Lunatic asylums Central Provinces reports 1886-1894 - 1886-1894
Year: 1886
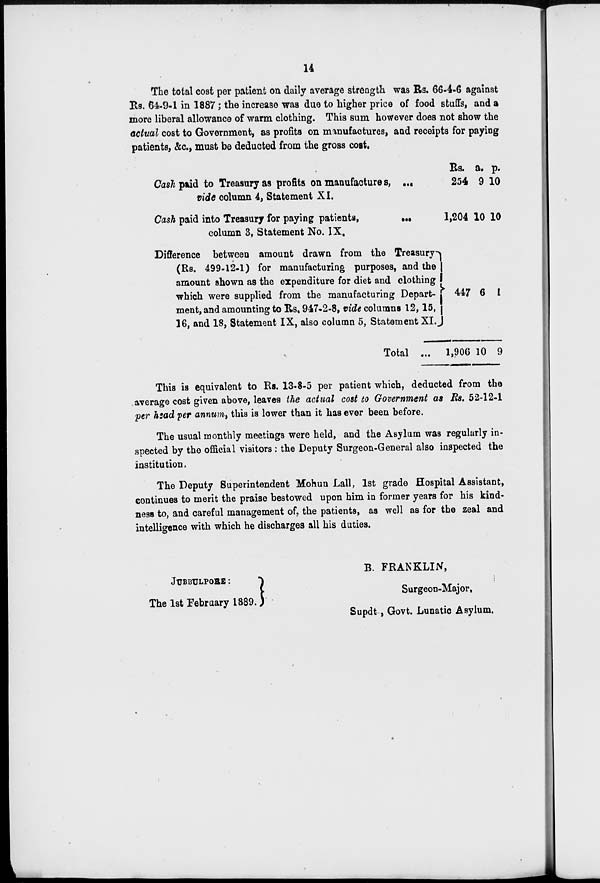
14
The total cost per patient on daily average strength was Rs. 66-4-6 against
Rs. 64-9-1 in 1887 ; the increase was due to higher price of food stuffs, and a
more liberal allowance of warm clothing. This sum however does not show the
actual cost to Government, as profits on manufactures, and receipts for paying
patients, &c., must be deducted from the gross cost.
Cash paid to Treasury as profits on manufactures, ...
vide column 4, Statement XI.
Cash paid into Treasury for paying patients,
...
column 3, Statement No. IX.
Difference between amount drawn from the Treasury
(Rs. 499-12-1) for manufacturing purposes, and the
amount shown as the expenditure for diet and clothing
which were supplied from the manufacturing Depart-
ment, and amounting to Rs. 947-2-8, vide columns 12,15,
16, and 18, Statement IX, also column 5, Statement XI.
Total ...
Rs.
254
1,204
447
1,906
a. p.
9 10
10
6
10
10
1
9
This is equivalent to Rs. 13-8-5 per patient which, deducted from the
average cost given above, leaves the actual cost to Government as Rs. 52-12-1
per head per annum, this is lower than it has ever been before.
The usual monthly meetings were held, and the Asylum was regularly in-
spected by the official visitors : the Deputy Surgeon-General also inspected the
institution.
The Deputy Superintendent Mohun Lall, 1st grade Hospital Assistant,
continues to merit the praise bestowed upon him in former years for his kind-
ness to, and careful management of, the patients, as well as for the zeal and
intelligence with which he discharges all his duties.
JUBBULPORE :
The 1st February 1889.
B. FRANKLIN,
Surgeon-Major,
Supdt , Govt. Lunatic Asylum.